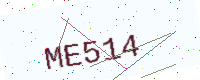
Text: ME514